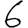
Digit: 6